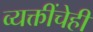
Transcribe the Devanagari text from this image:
व्यक्तींचेही